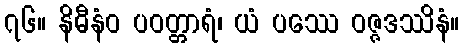
၇၆။ နိဓီနံဝ ပဝတ္တာရံ၊ ယံ ပဿေ ဝဇ္ဇဒဿိနံ။